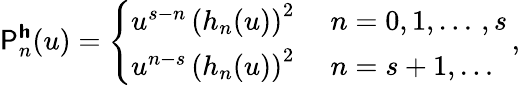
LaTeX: \mathsf{P}_{n}^{\boldsymbol{\mathsf{h}}}(u)=\left\lbrace\begin{array}{ll}{u^{s-n}\, \left(h_{n}(u)\right)^{2}\; }&{n=0,1,\dotsc\, ,s}\\ {u^{n-s}\, \left(h_{n}(u)\right)^{2}\; }&{n=s+1,\dotsc}\end{array}\, ,\right.